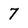
Character: 7